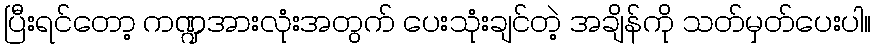
ပြီးရင်တော့ ကဏ္ဍအားလုံးအတွက် ပေးသုံးချင်တဲ့ အချိန်ကို သတ်မှတ်ပေးပါ။